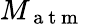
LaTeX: M_{\mathrm{~a~t~m~}}